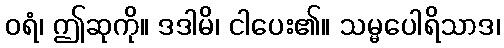
ဝရံ၊ ဤဆုကို။ ဒဒါမိ၊ ငါပေး၏။ သမ္မပေါရိသာဒ၊